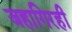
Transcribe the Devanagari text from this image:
जहागिरही